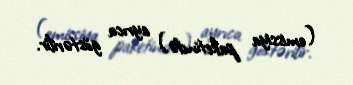
(emissiya paketində) ayrıca göstərilir.